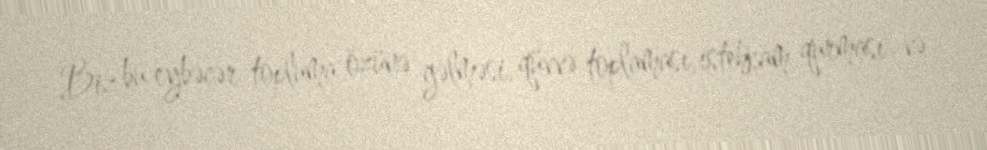
Biz bu eybəcər topluma özünə gəlməsi, qüvvə toplaması, istehkam qurması və